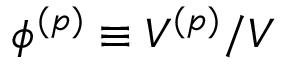
\phi ^ { ( p ) } \equiv V ^ { ( p ) } / V